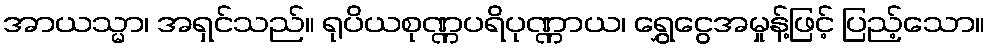
အာယသ္မာ၊ အရှင်သည်။ ရုပိယစုဏ္ဏပရိပုဏ္ဏာယ၊ ရွှေငွေအမှုန့်ဖြင့် ပြည့်သော။